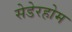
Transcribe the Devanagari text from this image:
सेडेरहोम